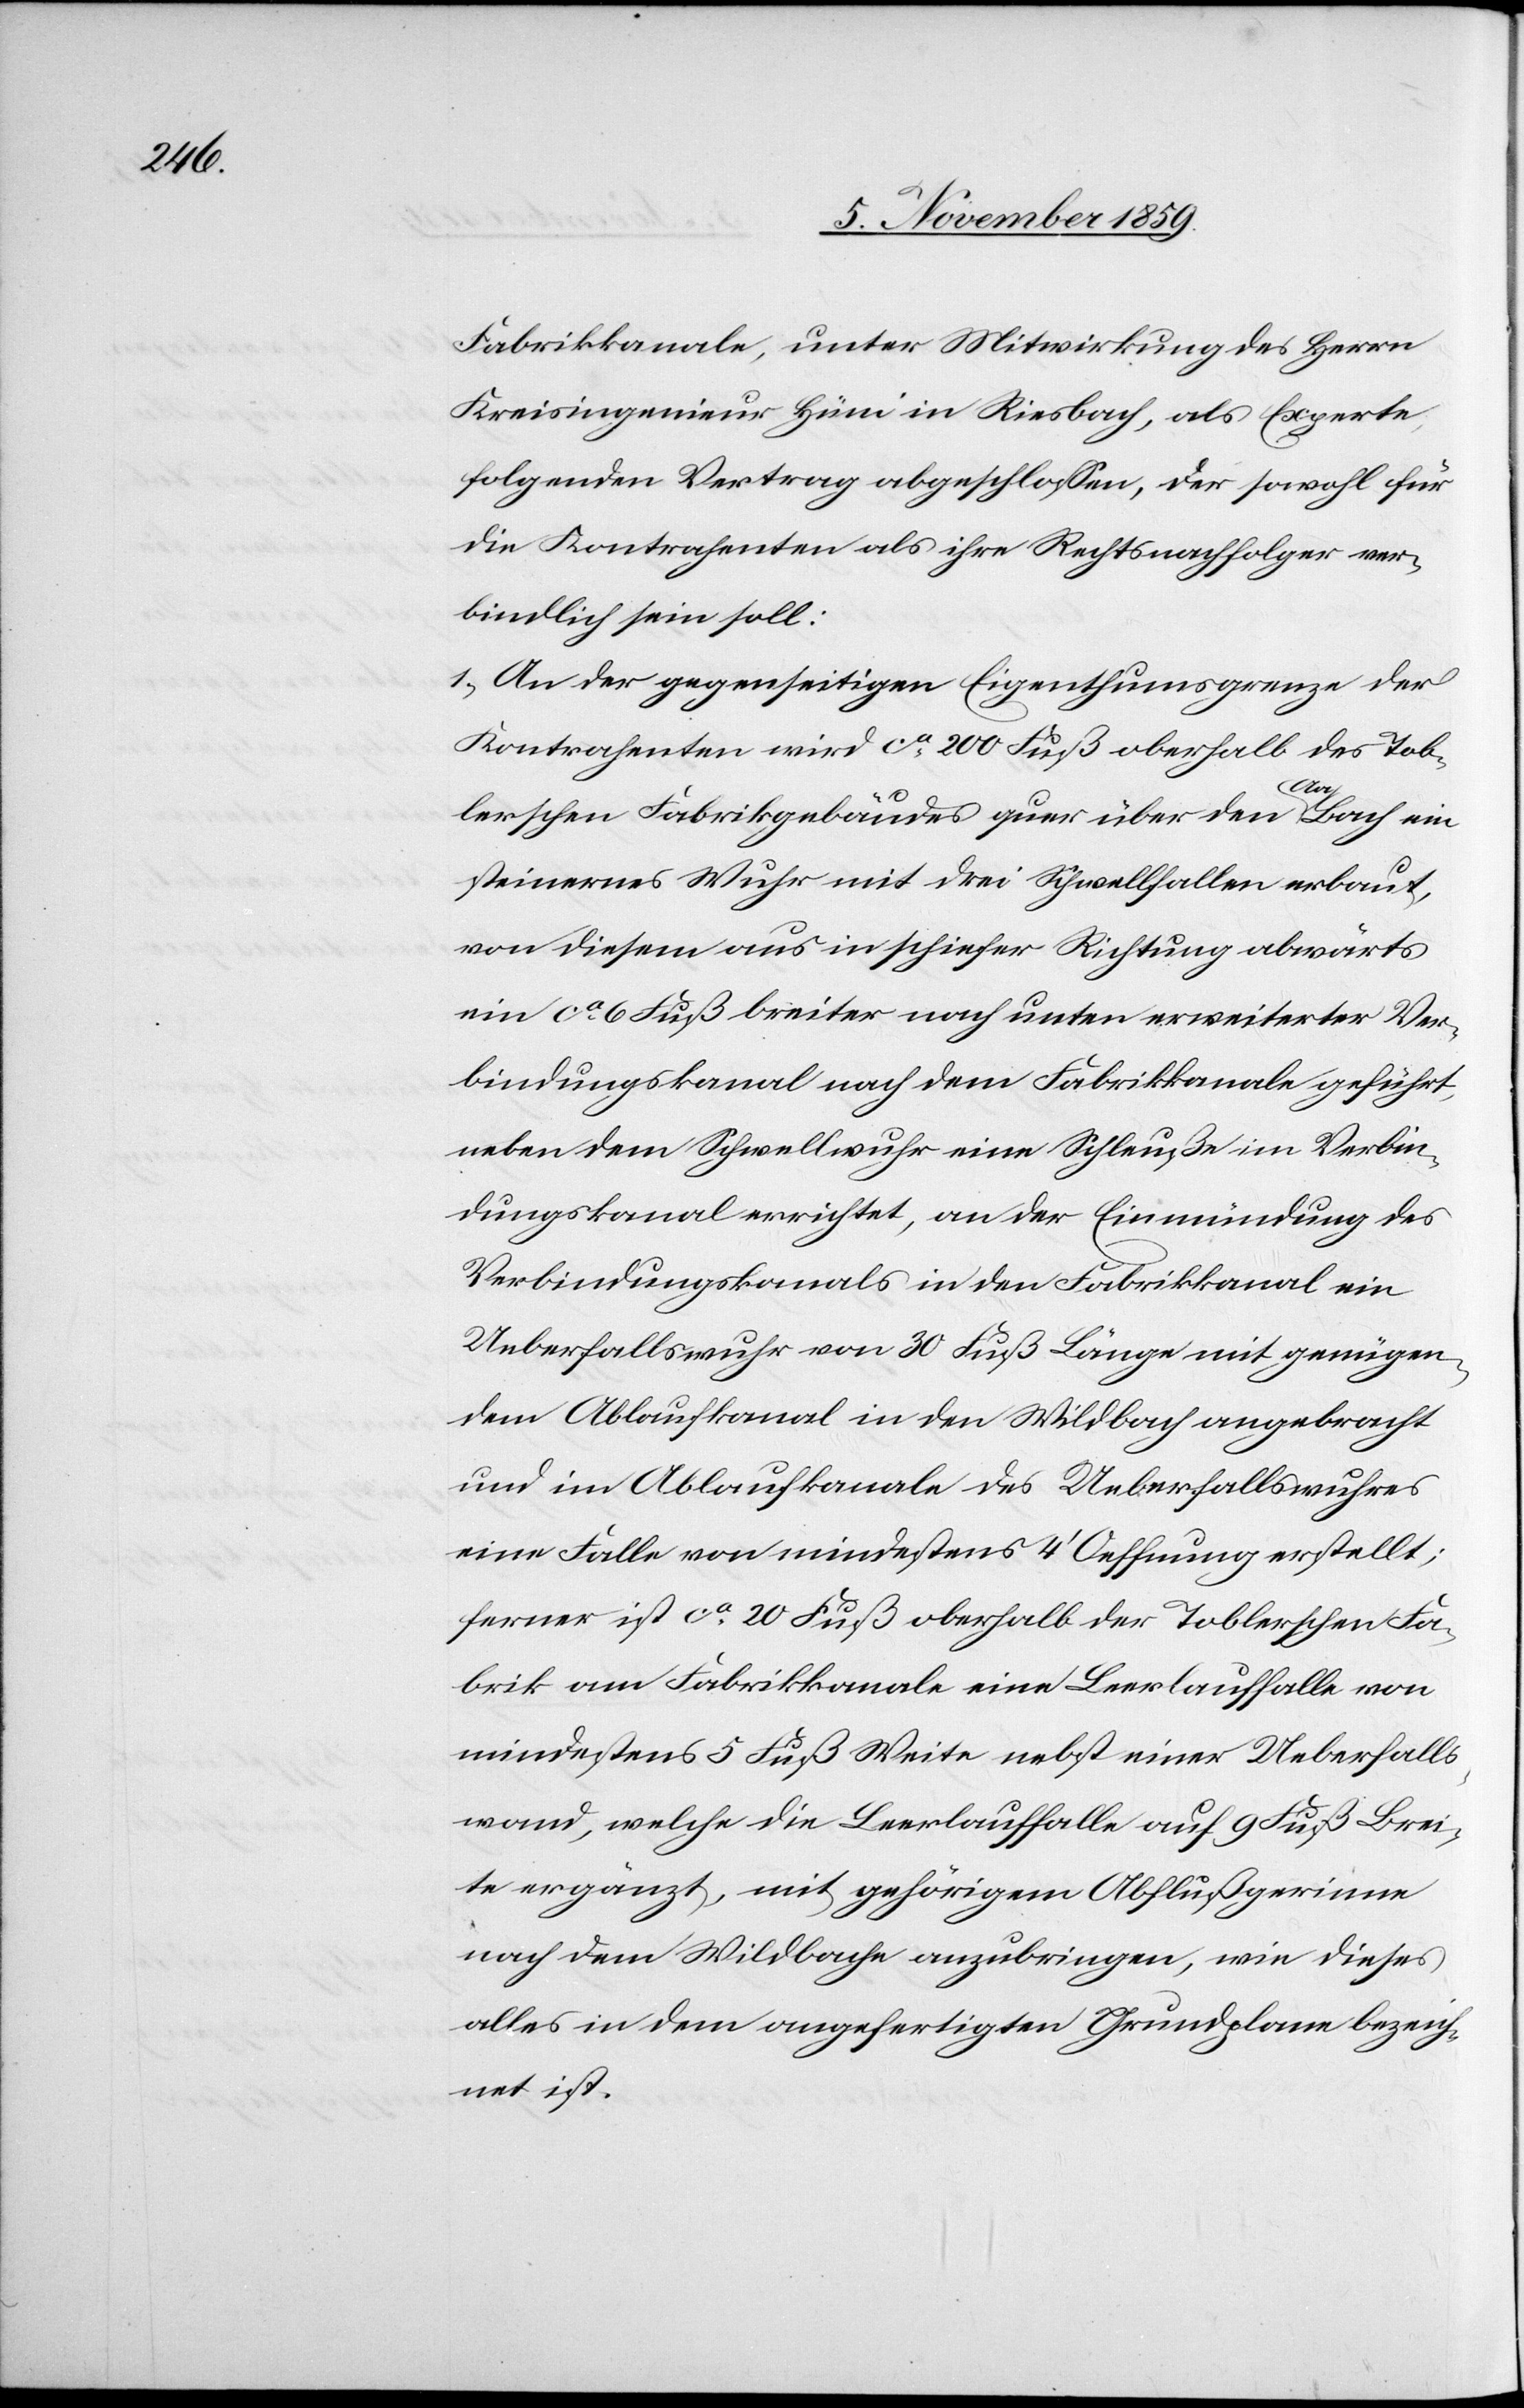
Fabrikkanale, unter Mitwirkung des Herrn
Kreisingenieurs Hüni in Riesbach, als Experte,
folgenden Vertrag abgeschlossen, der sowohl für
die Kontrahenten als ihre Rechtsnachfolger ver¬
bindlich sein soll:
1) An der gegenseitigen Eigenthumsgrenze der
Kontrahenten wird ca. 200 Fuß oberhalb des Tob¬
lerschen Fabrikgebäudes quer über den a-Aa-aBach ein
steinernes Wuhr mit drei Schwellfallen erbaut,
von diesem aus in schiefer Richtung abwärts
ein ca. 6 Fuß breiter nach unten erweiterter Ver¬
bindungskanal nach dem Fabrikkanale geführt,
neben dem Schwellwuhr eine Schleuße im Verbin¬
dungskanal errichtet, an der Einmündung des
Verbindungskanals in den Fabrikkanal ein
Ueberfallswuhr von 30 Fuß Länge mit genügen¬
dem Ablaufkanal in den Wildbach angebracht
und im Ablaufkanale des Ueberfallswuhres
eine Falle von mindestens 4' Oeffnung erstellt;
ferner ist ca. 20 Fuß oberhalb der Toblerschen Fa¬
brik am Fabrikkanale eine Leerlauffalle von
mindestens 5 Fuß Weite nebst einer Ueberfalls¬
wand, welche die Leerlauffalle auf 9 Fuß Brei¬
te ergänzt, mit gehörigem Abflußgerinne
nach dem Wildbache anzubringen, wie dieses
alles in dem angefertigten Grundplane bezeich¬
net ist.